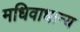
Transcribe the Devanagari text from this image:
मधिवाधान्य